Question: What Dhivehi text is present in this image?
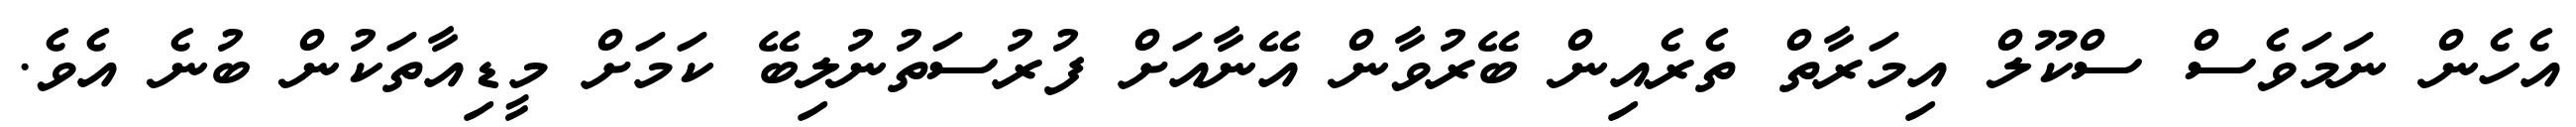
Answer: އެހެން ނަމަވެސް ސްކޫލް އިމަރާތް ތެރެއިން ބޭރުވާން އޭނާއަށް ފުރުސަތުނުލިބޭ ކަމަށް މީޑިއާތަކުން ބުނެ އެވެ.